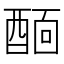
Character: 𨡞